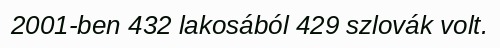
2001-ben 432 lakosából 429 szlovák volt.